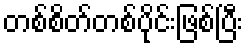
တစ်စိတ်တစ်ပိုင်းဖြစ်ပြီး